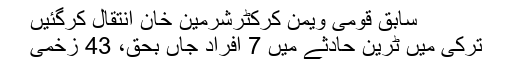
سابق قومی ویمن کرکٹرشرمین خان انتقال کرگئیں
ترکی میں ٹرین حادثے میں 7 افراد جاں بحق، 43 زخمی